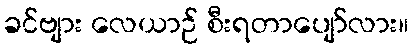
ခင်ဗျား လေယာဉ် စီးရတာပျော်လား။